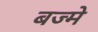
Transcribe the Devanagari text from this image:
बज्मे